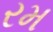
રમ